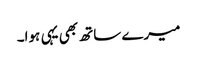
میرے ساتھ بھی یہی ہوا۔